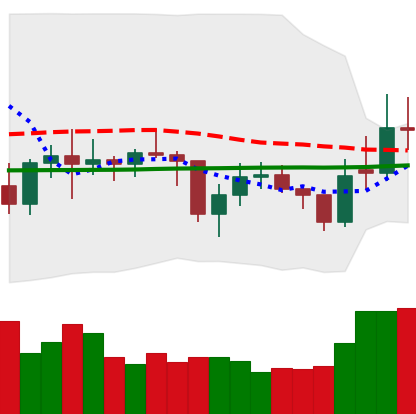
Ticker: EOS-USD
Chart end date: 2021-01-31
Forward return: 13.469%
Label: up_7plus